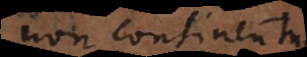
non continentur